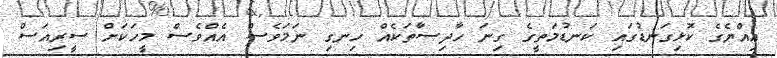
އިއްޔެގެ ކޮޅިގަނޑުގައި ކަނޑުމަތީގެ ގިނަ ހާދިސާތަކެއް ހިނގި ނަމަވެސް އެއްވެސް މީހަކަށް ސީރިއަސް